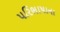
પરિભાષાના